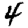
Digit: 4